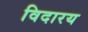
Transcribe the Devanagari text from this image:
विदारय